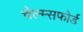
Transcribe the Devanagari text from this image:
चेल्म्सफोर्ड